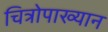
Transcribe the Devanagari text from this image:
चित्रोपाख्यान